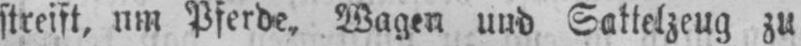
streift, um Pferde, Wagen und Sattelzeug zu